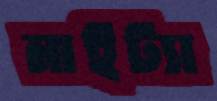
মাইট্যা